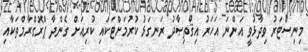
މިނިސްޓަރު ވިދާޅުވީ އަންނަ އަހަރު އިޤްތިޞާދު ރަނގަޅު ކުރުމަށްޓަކައި ކުރިއަށް ގެންދާ ޕްރޮގްރާމްތަކާއި